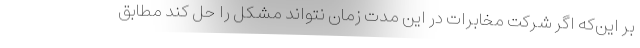
بر این‌که اگر شرکت مخابرات در این مدت زمان نتواند مشکل را حل کند مطابق